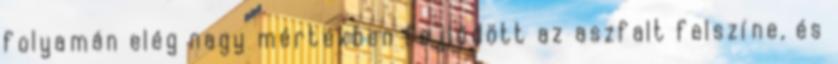
folyamán elég nagy mértékben fejlődött az aszfalt felszíne, és